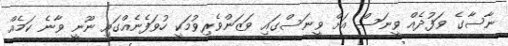
ނާސާގެ ވަފުދެއް ވީނަސް އަށް ވީނަސްގައި ވަޒަންވެރިވުމަކީ ހުވަފެނެއްގައި ނޫނީ ވާނެ ކަމެއް